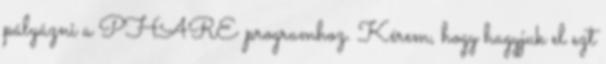
pályázni a PHARE programhoz. Kérem, hogy hagyjuk el ezt